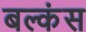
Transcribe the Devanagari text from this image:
बल्कंस